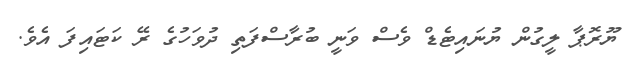
ޔޫރޮޕާ ލީގުން ޔުނައިޓެޑް ވެސް ވަނީ ބުރާސްފަތި ދުވަހުގެ ރޭ ކަޓައިފަ އެވެ.